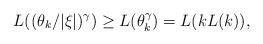
LaTeX: \begin{align*}L((\theta_k/|\xi|)^\gamma)\geq L(\theta_k^\gamma)=L(kL(k)),\end{align*}